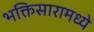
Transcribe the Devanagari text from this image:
भक्तिसारामध्ये